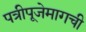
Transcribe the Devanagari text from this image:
पत्रीपूजेमागची